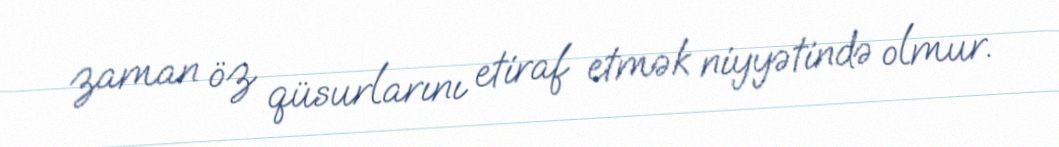
zaman öz qüsurlarını etiraf etmək niyyətində olmur.